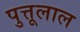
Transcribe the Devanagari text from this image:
पुत्तूलाल